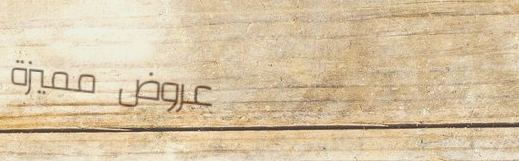
عروض مميزة